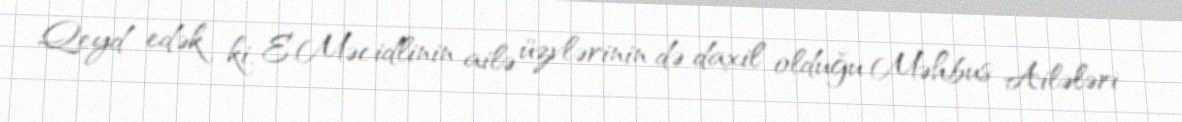
Qeyd edək ki, E.Məcidlinin ailə üzvlərinin də daxil olduğu Məhbus Ailələri